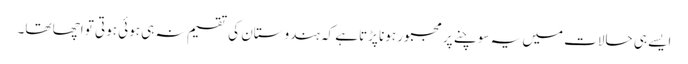
ایسے ہی حالات میں یہ سوچنے پر مجبور ہونا پڑتاہے کہ ہندوستان کی تقسیم نہ ہی ہوئی ہوتی تو اچھا تھا۔